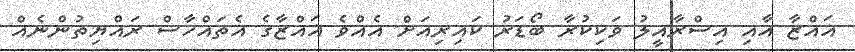
ޣައްޒާ އާއި އިސްރާއީލު ވަކިކުރާ ބޯޑަރު ކައިރިއަށް އެއްވެ ޣައްޒާގެ އެތައްހާސް ރައްޔިތުންނެއް